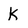
Character: k